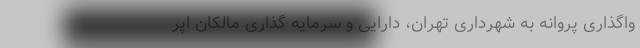
واگذاری پروانه به شهرداری تهران، دارایی و سرمایه گذاری مالکان اپر